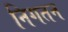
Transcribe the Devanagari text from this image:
निगतन